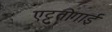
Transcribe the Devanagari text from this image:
एट्टुतोगाई